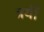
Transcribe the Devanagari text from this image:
त्रयीं